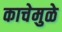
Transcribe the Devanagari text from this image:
काचेमुळे